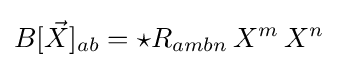
B[{\vec {X}}]_{ab}={{\star }R}_{ambn}\,X^{m}\,X^{n}